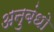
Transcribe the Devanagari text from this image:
अनुबंधो